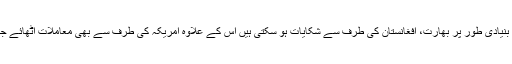
" اس میں بنیادی طور پر بھارت، افغانستان کی طرف سے شکایات ہو سکتی ہیں اس کے علاوہ امریکہ کی طرف سے بھی معاملات اٹھائے جاتے ہیں ۔